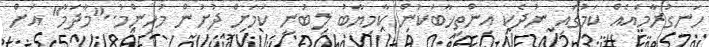
ހަނގުރާމައެއް ކަމުގައި ނުދެކި އިންތިޚާބަކުން ކާމިޔާބު ލިބުނީ ކަމަށް ދުށުން މުހިންމު.."މާދަމާ" އަށް